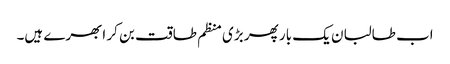
اب طالبان یک بار پھر بڑی منظم طاقت بن کر ابھرے ہیں۔